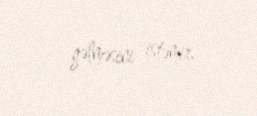
gəlməsini istəmir.